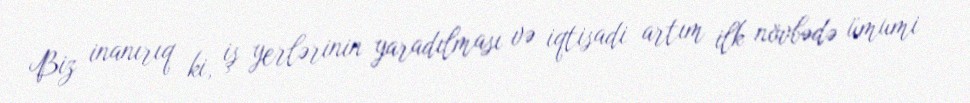
Biz inanırıq ki, iş yerlərinin yaradılması və iqtisadi artım ilk növbədə ümumi